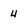
Character: 4